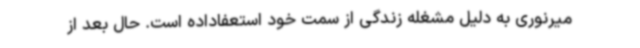
میرنوری به دلیل مشغله زندگی از سمت خود استعفاداده است. حال بعد از